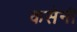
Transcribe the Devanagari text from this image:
कसेनी